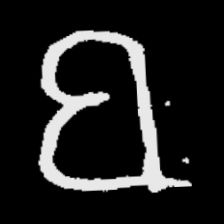
Pyu character \u2014 Myanmar letter: ဗ (romanized: ba)